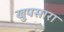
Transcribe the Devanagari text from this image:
खुपसारा